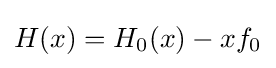
H(x)=H_{0}(x)-xf_{0}